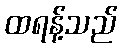
ထရန့်သည်